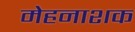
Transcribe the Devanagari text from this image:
मेहनाशक